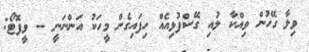
ވިލާ ގޭހުން ވިއްކާ ލުއި ގޭސްފުޅިއެއް ހިފައިގެން މީހަކު އަންނަނީ -- ވީފޮޓޯ: